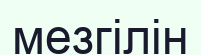
мезгілін